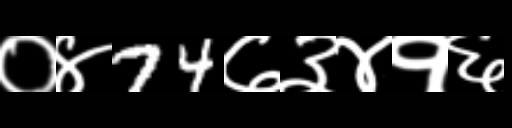
Text: ०४74७३४१६